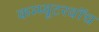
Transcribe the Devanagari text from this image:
कम्प्यूटरवॉच